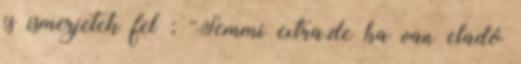
is ismerjetek fel ; ''Semmi extra,de ha van eladó